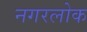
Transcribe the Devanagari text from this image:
नगरलोक